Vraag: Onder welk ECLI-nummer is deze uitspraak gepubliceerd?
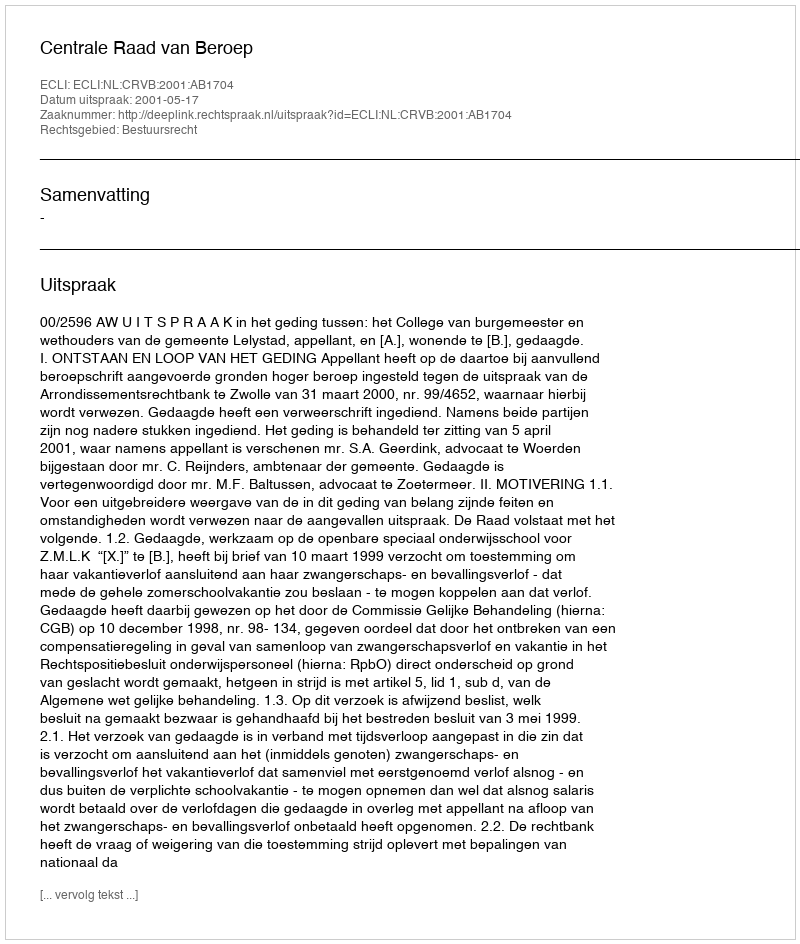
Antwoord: ECLI:NL:CRVB:2001:AB1704